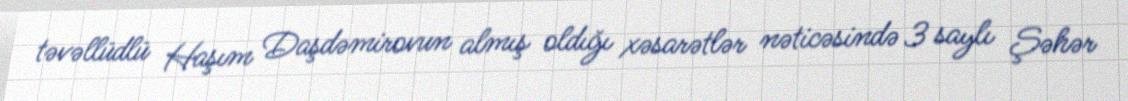
təvəllüdlü Haşım Daşdəmirovun almış oldığı xəsarətlər nəticəsində 3 saylı Şəhər